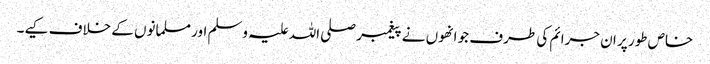
خاص طور پر ان جرائم کی طرف جو انھوں نے پیغمبر صلی اللہ علیہ وسلم اور مسلمانوں کے خلاف کیے۔